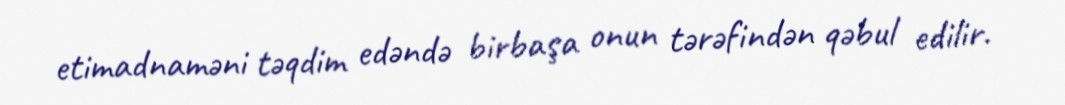
etimadnaməni təqdim edəndə birbaşa onun tərəfindən qəbul edilir.